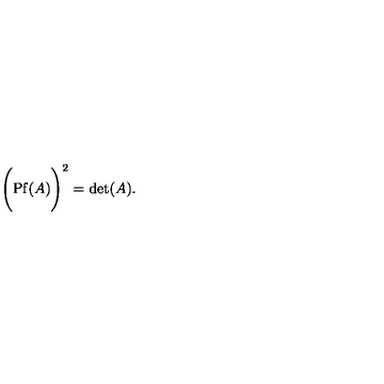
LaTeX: \Biggl ( \mathrm { P f } ( A ) \Biggr ) ^ { 2 } = \mathrm { d e t } ( A ) .